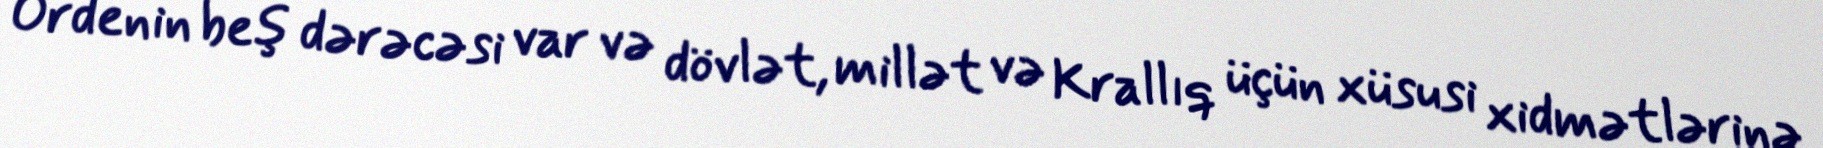
Ordenin beş dərəcəsi var və dövlət, millət və Krallıq üçün xüsusi xidmətlərinə